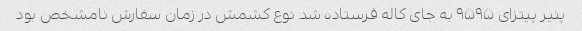
پنیر پیتزای ۹۵۹۵ به جای کاله فرستاده شد. نوع کشمش در زمان سفارش نامشخص بود